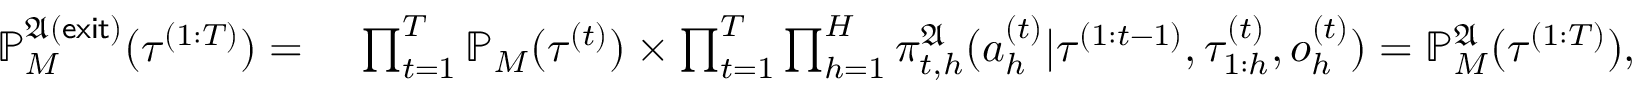
\begin{array} { r l } { \mathbb { P } _ { M } ^ { \mathfrak { A } ( \mathsf { e x i t } ) } ( \tau ^ { ( 1 : T ) } ) = } & { ~ \prod _ { t = 1 } ^ { T } \mathbb { P } _ { M } ( \tau ^ { ( t ) } ) \times \prod _ { t = 1 } ^ { T } \prod _ { h = 1 } ^ { H } \pi _ { t , h } ^ { \mathfrak { A } } ( a _ { h } ^ { ( t ) } | \tau ^ { ( 1 : t - 1 ) } , \tau _ { 1 : h } ^ { ( t ) } , o _ { h } ^ { ( t ) } ) = \mathbb { P } _ { M } ^ { \mathfrak { A } } ( \tau ^ { ( 1 : T ) } ) , } \end{array}